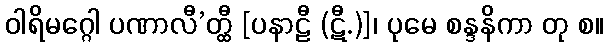
ဝါရိမဂ္ဂေါ ပဏာလီ’တ္ထီ [ပနာဠီ (ဋီ.)]၊ ပုမေ စန္ဒနိကာ တု စ။